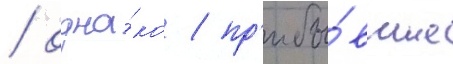
/ одна́ко / пр'ибы́вшие